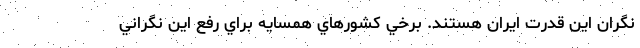
نگران اين قدرت ايران هستند. برخي كشورهاي همسايه براي رفع اين نگراني